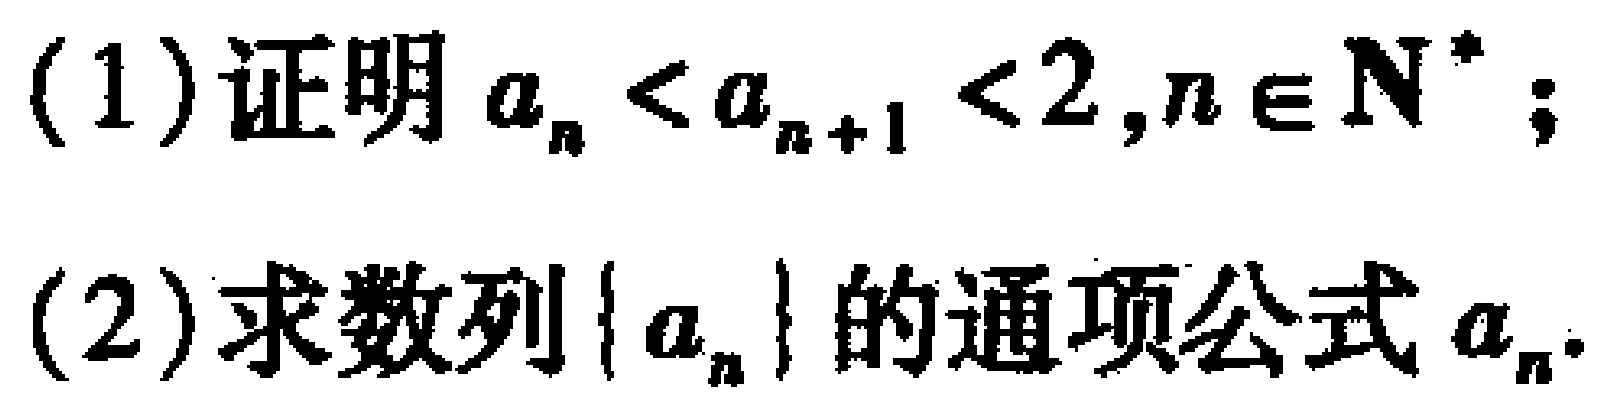
(1)证明\(a_{n}<a_{n + 1}<2,n\in\mathbf{N}^{*}\);

(2)求数列\(\{ a_{n}\}\)的通项公式\(a_{n}\).